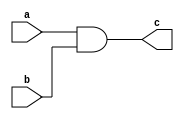
module TimingExample(input a, b, output reg c);
  always @(a or b) begin
    #5;   // Delay of 5 time units
    c = a & b;
  end
endmodule
//This Verilog code showcases the use of delay (#) to introduce timing considerations in combinational logic. 
//The assignment of c is delayed by 5 time units after changes in a or b.